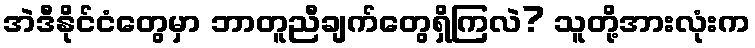
အဲဒီနိုင်ငံတွေမှာ ဘာတူညီချက်တွေရှိကြလဲ? သူတို့အားလုံးက